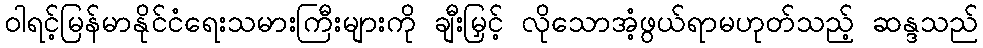
ဝါရင့်မြန်မာနိုင်ငံရေးသမားကြီးများကို ချီးမြှင့် လိုသောအံ့ဖွယ်ရာမဟုတ်သည့် ဆန္ဒသည်